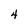
Character: 4